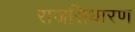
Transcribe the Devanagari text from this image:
राजसिधारण